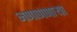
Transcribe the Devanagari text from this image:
भणाणणार्‍या